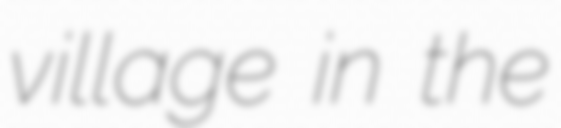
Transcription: village in the